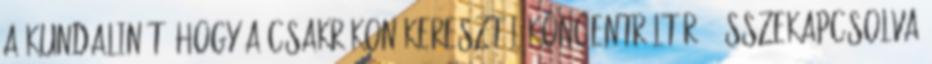
a Kundalinít, hogy a csakrákon keresztül koncentrált rá, összekapcsolva